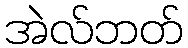
အဲလ်ဘတ်